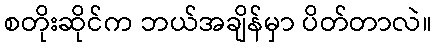
စတိုးဆိုင်က ဘယ်အချိန်မှာ ပိတ်တာလဲ။